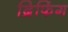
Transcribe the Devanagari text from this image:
ब्रिफिंग